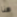
هنا